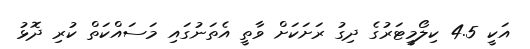
އަކީ 4.5 ކިލޯމީޓަރުގެ ދިގު ރަށަކަށް ވާތީ އެތަނުގައި މަސައްކަތް ކުރި ދޮޅު